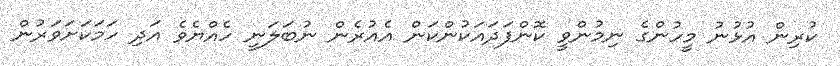
ކުރިން އުޅުނު މީހުންގެ ނިމުންވީ ކޮންފަދައަކުންކަން އެއުރެން ނުބަލަނީ ހެއްޔެވެ އަދި ހަމަކަށަވަރުން